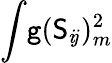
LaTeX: \int\! \mathtt{g}(\mathsf{{S}}_{i\! j})_{m}^{2}